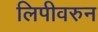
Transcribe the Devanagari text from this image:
लिपीवरुन